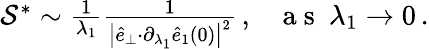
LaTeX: \begin{array}{r}{\mathcal{S}^{*}\sim\frac{1}{\lambda_{1}}\frac{1}{\big\vert\hat{e}_{\perp}{\cdot}\partial_{\lambda_{1}}\hat{e}_{1}(0)\big\vert^{2}}\, ,~~~\mathrm{~a~s~}~\lambda_{1}\rightarrow 0\, .}\end{array}